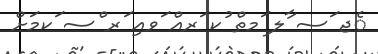
ެޖ ަސ ާލ ަމތް ުކ ަރއް ަވއި ަރ ްސ ަކމަށް